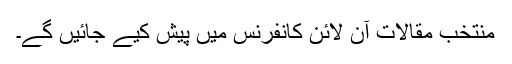
منتخب مقالات آن لائن کانفرنس میں پیش کیے جائیں گے۔